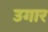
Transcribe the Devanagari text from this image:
उगार